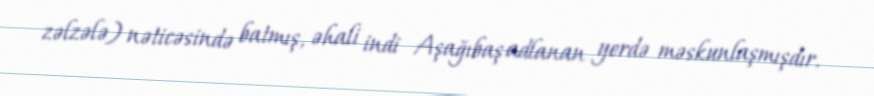
zəlzələ) nəticəsində batmış, əhali indi Aşağıbaş adlanan yerdə məskunlaşmışdır.